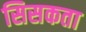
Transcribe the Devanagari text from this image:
सिसकता